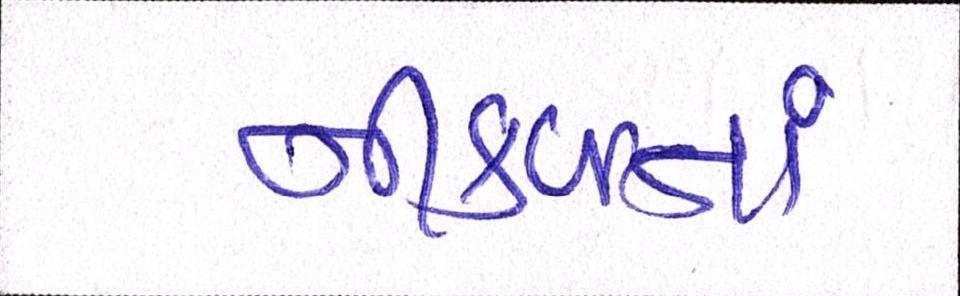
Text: નીળક્તાં